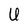
Character: U